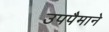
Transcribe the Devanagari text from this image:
उपपैमाने